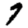
Digit: 7